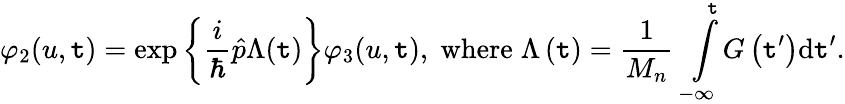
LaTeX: \varphi_{2}(u,\mathtt{t})=\exp\left\{ \frac{{i}}{{\hbar}}\hat{{p}}\Lambda(\mathtt{t})\right\} \varphi_{3}(u,\mathtt{t}),\; \mathrm{{where}}\; \Lambda\left(\mathtt{t}\right)=\frac{{1}}{{M_{n}}}\intop_{-\infty}^{\mathtt{t}}G\left(\mathtt{t}^{\prime}\right)\mathrm{{d}}\mathtt{t}^{\prime}.